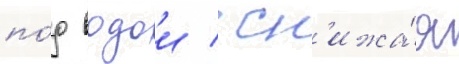
по́д водои / сн'ижа́я